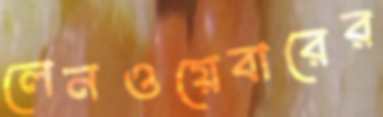
লেনওয়েবারের